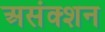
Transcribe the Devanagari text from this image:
असंक्शन